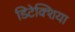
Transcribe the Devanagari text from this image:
डिटेक्शिया